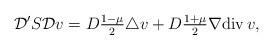
\begin{align*}\mathcal{D}' S \mathcal{D} v = D \tfrac{1 - \mu}{2} \triangle v + D \tfrac{1 + \mu}{2} \nabla \mathrm{div}\, v, \end{align*}